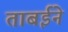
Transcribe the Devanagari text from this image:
ताबईने